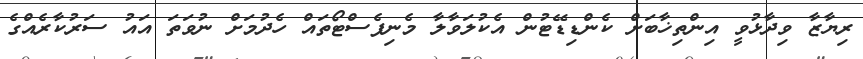
ރިޔާޒާ ވިދާޅުވީ އިންތިޚާބަށް ކެންޑިޑޭޓުން އެކުލަވާލާ މެނިފެސްޓޯތައް ހެދުމަށް ނުވަތަ އައު ސަރުކާރެއްގެ